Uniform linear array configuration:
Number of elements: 12
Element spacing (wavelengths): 0.25
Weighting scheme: blackman
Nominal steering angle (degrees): -45
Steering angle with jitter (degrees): -46.779
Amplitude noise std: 0.05
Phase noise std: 0.05

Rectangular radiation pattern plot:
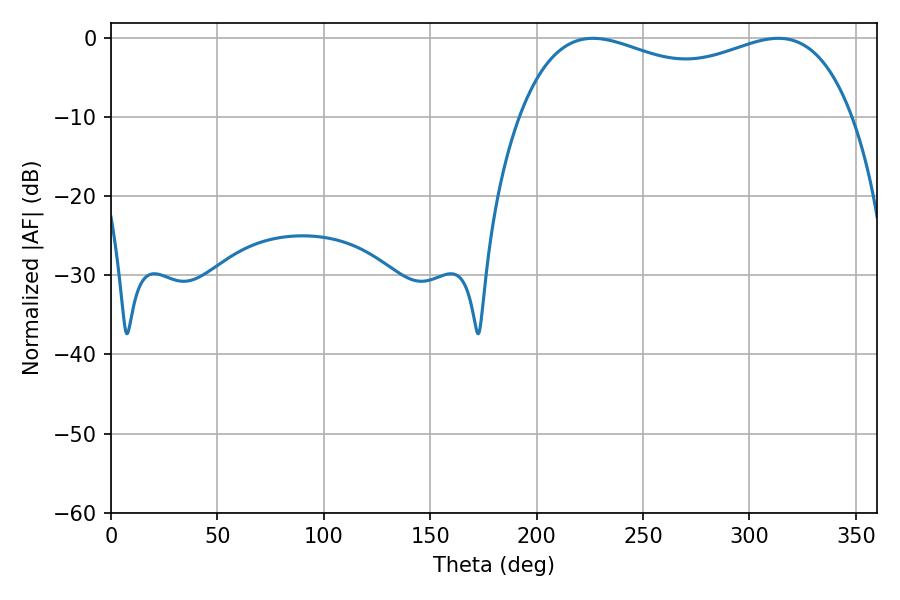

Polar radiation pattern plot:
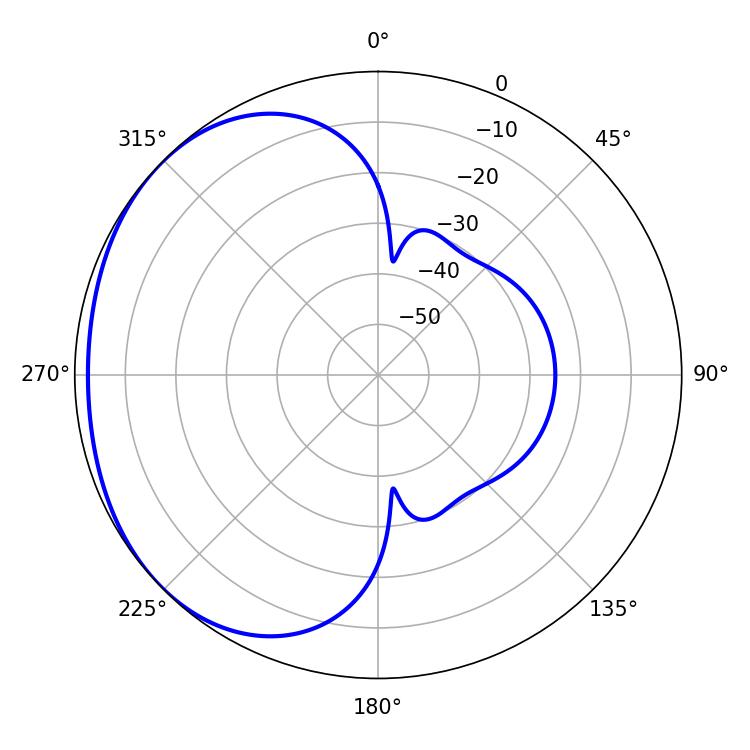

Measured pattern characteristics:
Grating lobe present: FALSE
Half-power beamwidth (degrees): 128.88
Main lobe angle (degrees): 226.44